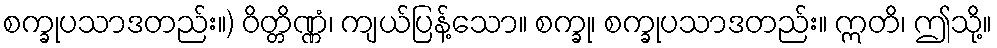
စက္ခုပသာဒတည်း။) ဝိတ္တိဏ္ဏံ၊ ကျယ်ပြန့်သော။ စက္ခု၊ စက္ခုပသာဒတည်း။ ဣတိ၊ ဤသို့။